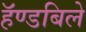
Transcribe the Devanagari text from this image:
हॅण्डबिले